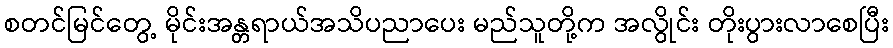
စတင်မြင်တွေ့ မိုင်းအန္တရာယ်အသိပညာပေး မည်သူတို့က အလွိုင်း တိုးပွားလာစေပြီး